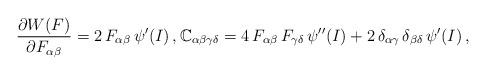
LaTeX: \begin{align*}\frac{\partial W(F)}{\partial F_{\alpha\beta}}=2\, F_{\alpha\beta}\, \psi^{\prime}(I)\,,\mathbb{C}_{\alpha\beta\gamma\delta} = 4\, F_{\alpha\beta}\, F_{\gamma\delta}\, \psi^{\prime\prime}(I)+2\, \delta_{\alpha\gamma}\,\delta_{\beta\delta} \,\psi^{\prime}(I)\,,\end{align*}